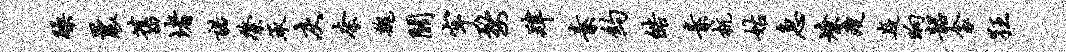
躁曩旧堵诺綮承灰奈魏关牢婺肄素约皓素杭姑急燎瘦嶷晌韶衾狂